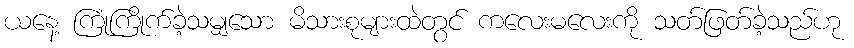
ယနေ့ ကြုံကြိုက်ခဲ့သမျှသော မိသားစုများထဲတွင် ကလေးမလေးကို သတ်ဖြတ်ခဲ့သည်ဟု